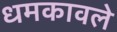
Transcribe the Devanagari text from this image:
धमकावले